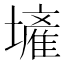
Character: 𱘐